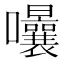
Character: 𭍈